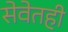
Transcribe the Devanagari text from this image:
सेवेतही